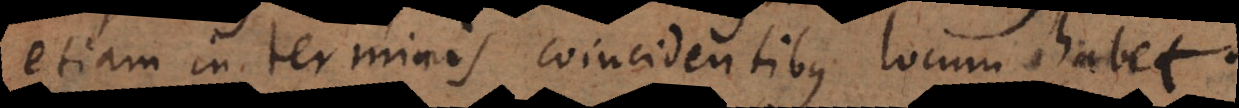
etiam in terminis coincidentibus locum habet.